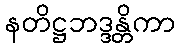
နတိဋ္ဌဘဒ္ဒန္တိကာ